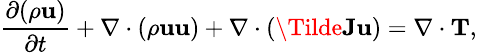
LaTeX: \small\frac{\partial(\rho\textbf{u})}{\partial t}+\nabla\cdot(\rho\textbf{u}\textbf{u})+\nabla\cdot(\Tilde{\textbf{J}}\textbf{u})=\nabla\cdot\textbf{T},